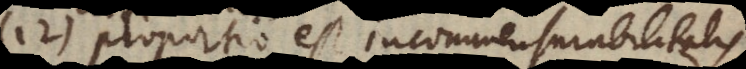
12) proportio est incommensurabilitatis